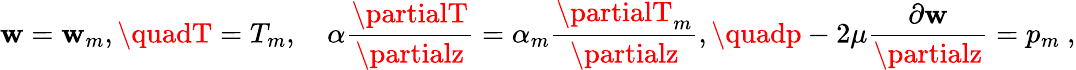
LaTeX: \mathbf{w}=\mathbf{w}_{m},\quadT=T_{m},\quad\alpha\frac{{\partialT}}{{\partialz}}=\alpha_{m}\frac{{\partialT_{m}}}{{\partialz}},\quadp-2\mu\frac{{\partial\mathbf{w}}}{{\partialz}}=p_{m}~,